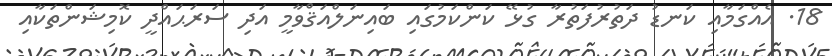
18. އެއްގަމާއި ކަނޑު ދަތުރުފަތުރާ ގުޅޭ ކަންކަމުގައި ބައިނަލްއަޤްވާމީ އަދި ސަރަޙައްދީ ކޮމިޝަންތަކާއި